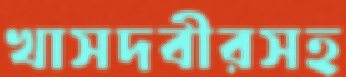
খাসদবীরসহ